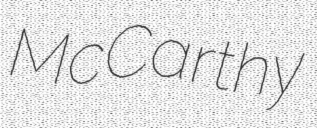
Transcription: McCarthy